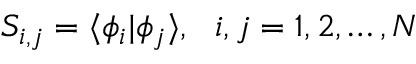
S _ { i , j } = \langle \phi _ { i } \vert \phi _ { j } \rangle , ~ ~ i , j = 1 , 2 , \ldots , N